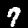
Label: 7